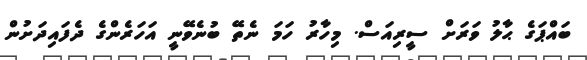
ބައްޕަގެ ޙާލު ވަރަށް ސީރިއަސް. މިހާރު ހަމަ ނެތޭ ބުނެވޭނީ އަހަރެންގެ ދެފައިދަށުން